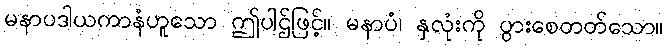
မနာပဒါယကာနံဟူသော ဤပါဌ်ဖြင့်။ မနာပံ၊ နှလုံးကို ပွားစေတတ်သော။